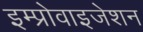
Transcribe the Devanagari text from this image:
इम्प्रोवाइजेशन